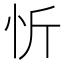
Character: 忻